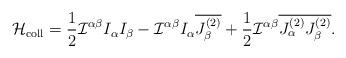
LaTeX: \begin{align*}{{\cal H}}_{\rm coll} =\frac{1}{2} {\cal I}^{\alpha \beta} I_{\alpha} I_{\beta} - {\cal I}^{\alpha \beta} I_{\alpha} \overline{J_{\beta}^{(2)}} +\frac{1}{2} {\cal I}^{\alpha \beta} \overline{ J_{\alpha}^{(2)} J_{\beta}^{(2)}} .\end{align*}